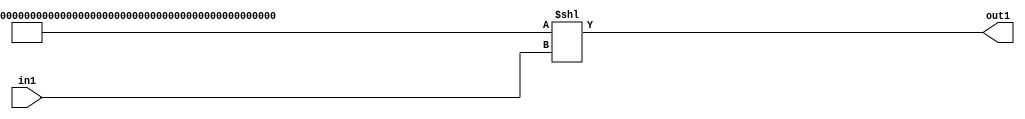
`timescale 1ps / 1ps
/*****************************************************************************
    Verilog RTL Description
    
    
    Created by: Stratus DpOpt 2019.1.01 
*******************************************************************************/

module cache_LeftShift_320U_12_4_2 (
	in1,
	out1
	); /* architecture "behavioural" */ 
input [10:0] in1;
output [319:0] out1;
wire [319:0] asc001;

assign asc001 = 320'B11111111111111111111111111111111111111111111111111111111111111111111111111111111111111111111111111111111111111111111111111111111111111111111111111111111111111111111111111111111111111111111111111111111111111111111111111111111111111111111111111111111111111111111111111111111111111111111111111111111111111111111111111111110
    << in1;

assign out1 = asc001;
endmodule

/* CADENCE  vrj4TAs= : u9/ySgnWtBlWxVPRXgAZ4Og= ** DO NOT EDIT THIS LINE ******/